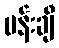
ပန်းချီ